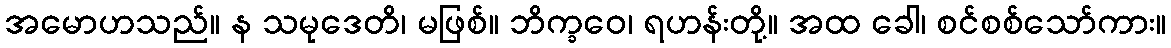
အမောဟသည်။ န သမုဒေတိ၊ မဖြစ်။ ဘိက္ခဝေ၊ ရဟန်းတို့။ အထ ခေါ၊ စင်စစ်သော်ကား။